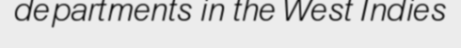
departments in the West Indies